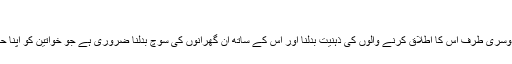
"
فوزیہ وقار نے کہا کہ "ایک طرف قانون کا سخت ہونا دوسری طرف اس کا اطلاق کرنے والوں کی ذہنیت بدلنا اور اس کے ساتھ ان گھرانوں کی سوچ بدلنا ضروری ہے جو خواتین کو اپنا حق استعمال کرنا سرکشی سجھ کر انہیں قتل کر دیتے ہیں۔